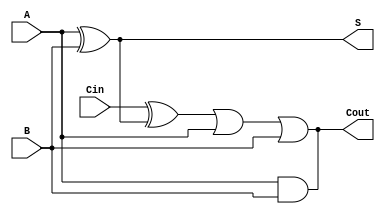
module fulladder(input A, input B, input Cin, output S, output Cout);

// XOR gate for sum bit calculation
xor gate1(S, A, B);

// XOR gate for intermediate calculation
xor gate2(temp, Cin, S);

// AND gate for carry-out calculation
and gate3(Cout, A, B);

// OR gate for final carry-out calculation
or gate4(Cout, temp, A, B);

endmodule